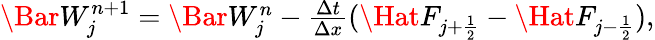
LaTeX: \begin{array}{r}{\Bar W_{j}^{n+1}=\Bar W_{j}^{n}-\frac{\Delta t}{\Delta x}(\Hat F_{j+\frac{1}{2}}-\Hat F_{j-\frac{1}{2}}),}\end{array}